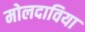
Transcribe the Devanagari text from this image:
मोलदाविया